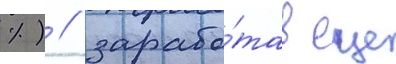
%) / зарабо́тав еще